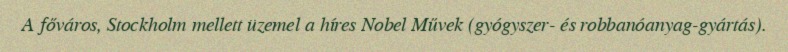
A főváros, Stockholm mellett üzemel a híres Nobel Művek (gyógyszer- és robbanóanyag-gyártás).